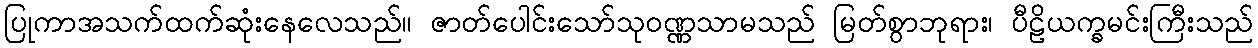
ပြုကာအသက်ထက်ဆုံးနေလေသည်။ ဇာတ်ပေါင်းသော်သုဝဏ္ဏသာမသည် မြတ်စွာဘုရား၊ ပီဠိယက္ခမင်းကြီးသည်